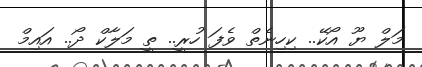
މަލް ޔޫ އޯކޭ.. ކިހިނެތް ވެފަ ހުރީ.. ތީ މަލާކް ދޯ.. އައިމް